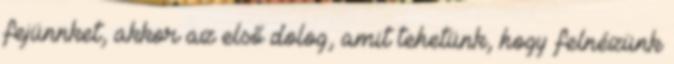
fejünnket, akkor az első dolog, amit tehetünk, hogy felnézünk